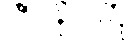
ဇာနာတု